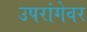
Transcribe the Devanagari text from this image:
उपरांगेवर